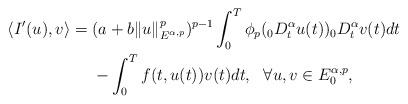
LaTeX: \begin{align*}\langle I'(u),v\rangle&=(a+b\|u\|_{E^{\alpha,p}}^p)^{p-1}\int_0^T\phi_p({_0D_t^\alpha}u(t)){_0D_t^\alpha}v(t)dt\\&\ \ \ \ -\int_0^Tf(t,u(t))v(t)dt,\ \ \forall u,v\in E_0^{\alpha,p},\end{align*}